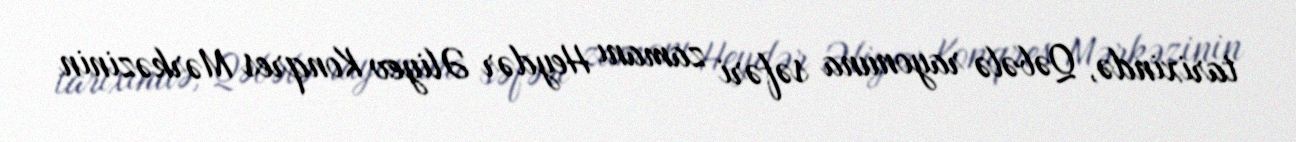
tarixində, Qəbələ rayonuna səfəri zamanı Heydər Əliyev Konqres Mərkəzinin